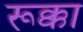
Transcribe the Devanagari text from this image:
रूक्का